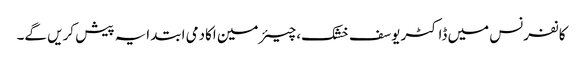
کانفرنس میں ڈاکٹر یوسف خشک، چیئرمین اکادمی ابتدایہ پیش کریں گے۔